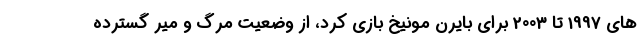
های 1997 تا 2003 برای بایرن مونیخ بازی کرد، از وضعیت مرگ و میر گسترده